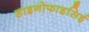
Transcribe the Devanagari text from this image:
डाइनोफाइसिई